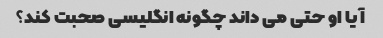
آیا او حتی می داند چگونه انگلیسی صحبت کند؟